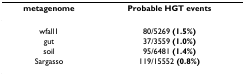
| metagenome | Probable HGT events |
 | --- | --- |
 | wfall1 | 80/5269 (1.5%) |
 | gut | 37/3559 (1.0%) |
 | soil | 95/6481 (1.4%) |
 | Sargasso | 119/15552 (0.8%) |